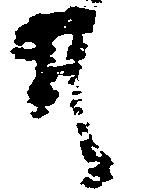
そ